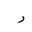
Letter: _ra